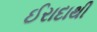
ઈરાદાથી